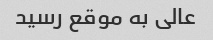
عالی به موقع رسید